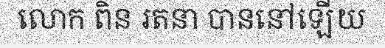
លោក ពិន រតនា បាននៅឡើយ